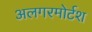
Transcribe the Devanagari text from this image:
अलगरमोर्टश